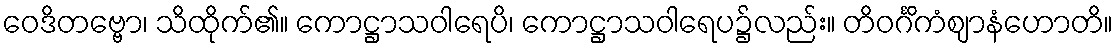
ဝေဒိတဗ္ဗော၊ သိထိုက်၏။ ကောဋ္ဌာသဝါရေပိ၊ ကောဋ္ဌာသဝါရေပ၌လည်း။ တိဝင်္ဂိကံဈာနံဟောတိ။